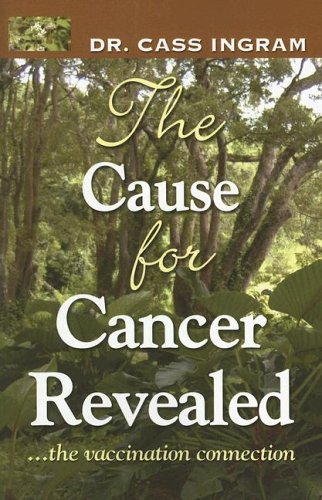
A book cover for The Cause for Cancer Revealed: The Vaccination Connection; Cass Ingram; Health, Fitness & Dieting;